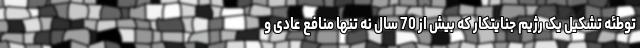
توطئه تشکیل یک رژیم جنایتکار که بیش از 70 سال نه تنها منافع عادی و